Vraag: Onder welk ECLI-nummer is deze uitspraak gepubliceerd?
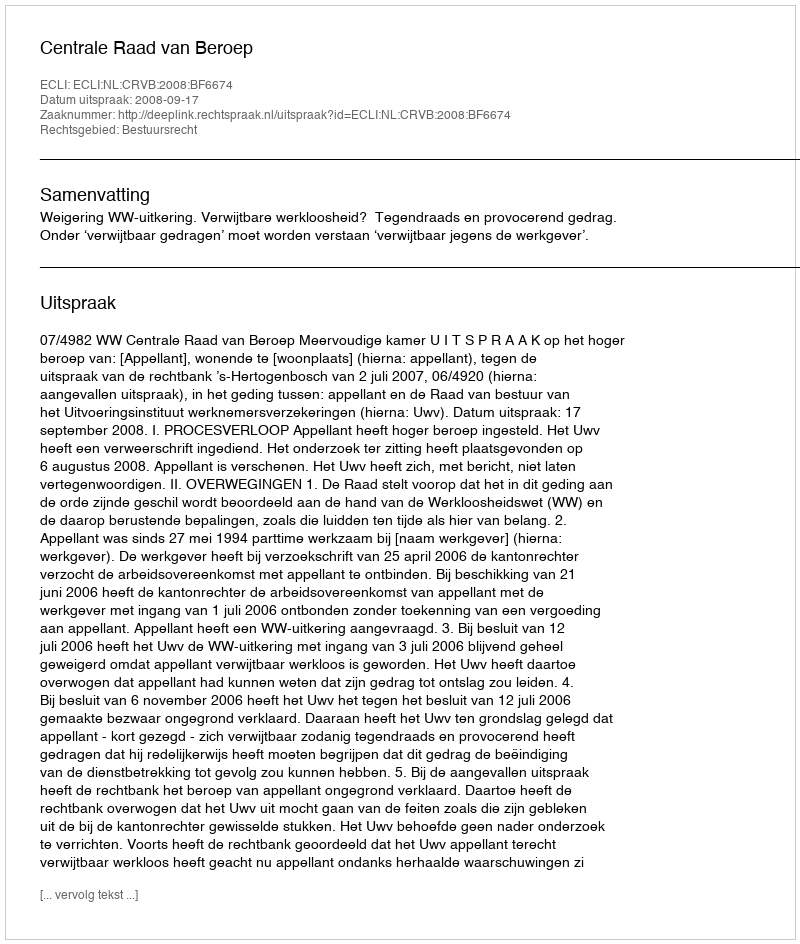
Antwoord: ECLI:NL:CRVB:2008:BF6674